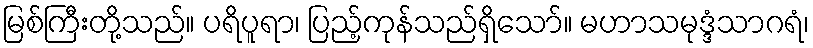
မြစ်ကြီးတို့သည်။ ပရိပူရာ၊ ပြည့်ကုန်သည်ရှိသော်။ မဟာသမုဒ္ဒံသာဂရံ၊